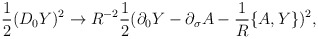
\begin{align*}{1\over 2}(D_0 Y)^2\rightarrow R^{-2}{1\over 2}(\partial_0 Y-\partial_{\sigma}A -{1\over R}\{A, Y\})^2 ,\end{align*}